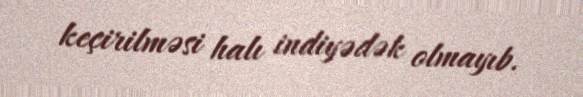
keçirilməsi halı indiyədək olmayıb.